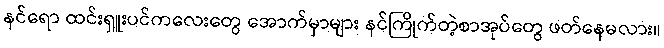
နင်ရော ထင်းရှူးပင်ကလေးတွေ အောက်မှာများ နင်ကြိုက်တဲ့စာအုပ်တွေ ဖတ်နေမလား။